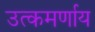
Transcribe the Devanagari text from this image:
उत्कमर्णाय